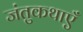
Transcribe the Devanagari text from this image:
जंतुकथाएँ